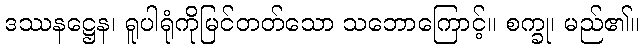
ဒဿနဋ္ဌေန၊ ရူပါရုံကိုမြင်တတ်သော သဘောကြောင့်။ စက္ခု၊ မည်၏။